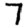
Digit: 7